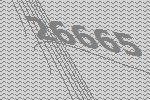
26665